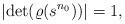
LaTeX: \begin{align*}|{\rm det}(\varrho(s^{n_0}))|=1,\end{align*}